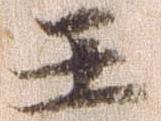
王